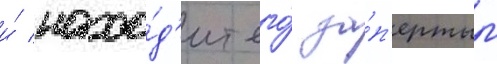
и́ нахо́д'ит его́ за́п'ертым